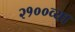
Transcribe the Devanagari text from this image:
२१००व्या